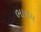
ભારાય